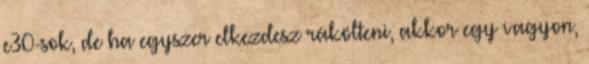
e30-sok, de ha egyszer elkezdesz rákölteni, akkor egy vagyon,